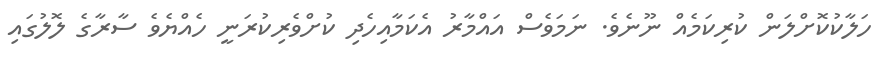
ހަލާކުކޮށްލަން ކުރިކަމެއް ނޫނެވެ. ނަމަވެސް އައްމާރު އެކަމާއިހެދި ކުށްވެރިކުރަނީ ހެއްޔެވެ ސާރާގެ ލޮލުގައި